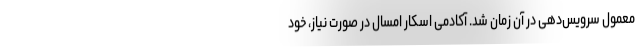
معمول سرویس‌دهی در آن زمان شد. آکادمی اسکار امسال در صورت نیاز، خود